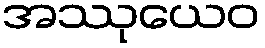
အဿုယေဝ